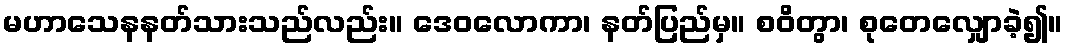
မဟာသေနနတ်သားသည်လည်း။ ဒေဝလောကာ၊ နတ်ပြည်မှ။ စဝိတွာ၊ စုတေလျှောခဲ့၍။